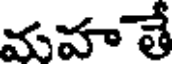
మహ తే